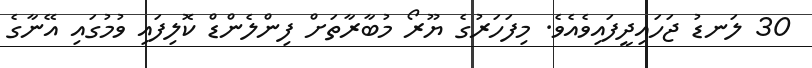
30 ލަނޑު ޖަހައިދީފައިވެއެވެ. މިފަހަރުގެ ޔޫރޯ މުބާރާތަށް ފިންލެންޑް ކޮލިފައި ވުމުގައި އޭނާގެ